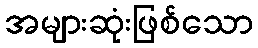
အများဆုံးဖြစ်သော